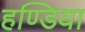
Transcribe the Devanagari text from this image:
हण्डिया